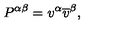
P ^ { \alpha \beta } = v ^ { \alpha } \overline { { v } } ^ { \beta } ,